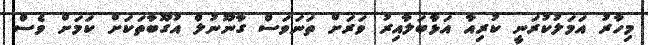
މިހާރު އަމަލުކުރަނީ ކުރިއާ އަޅާބަލާއިރު ވަރަށް ތަނަވަސް ގާނޫނުލް އުގޫބާތަކަށް ކަމަށް ވެސް